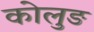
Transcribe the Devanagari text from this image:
कोलुङ